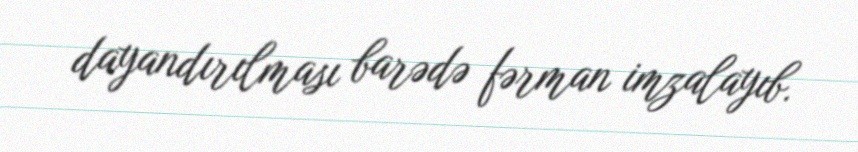
dayandırılması barədə fərman imzalayıb.